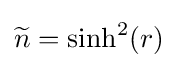
{\widetilde {n}}=\sinh ^{2}(r)